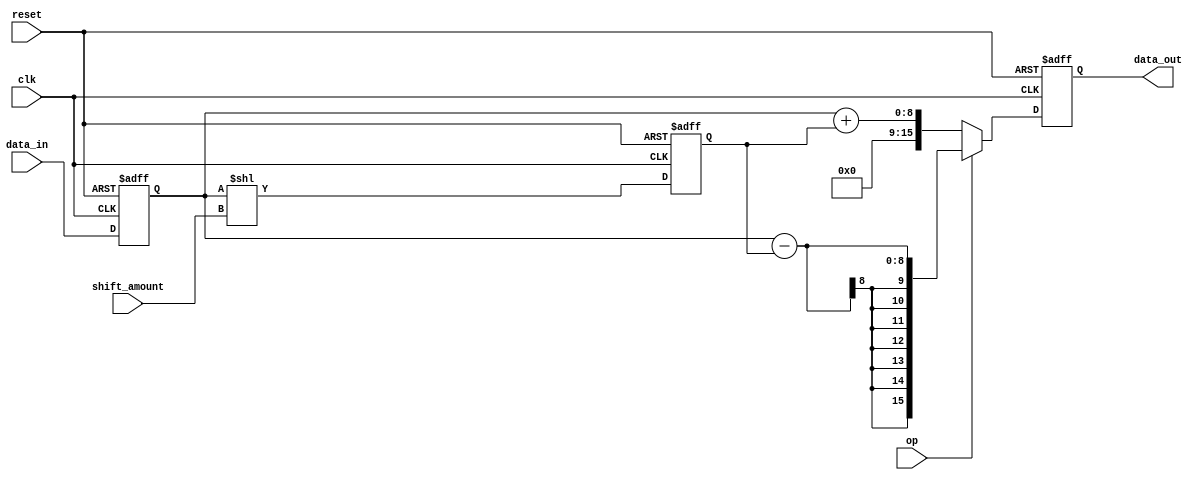
module fixed_point_shift_register (
    input wire clk,
    input wire reset,
    input wire [7:0] data_in,
    input wire [3:0] shift_amount,
    input wire op, // 0 for addition, 1 for subtraction
    output reg [15:0] data_out
);

reg [7:0] input_reg;
reg [7:0] shifted_data;
reg [15:0] result;

always @(posedge clk or posedge reset) begin
    if (reset) begin
        input_reg <= 8'b0;
        shifted_data <= 8'b0;
        result <= 16'b0;
    end else begin
        input_reg <= data_in;
        shifted_data <= input_reg << shift_amount;
        
        if (op == 0) begin
            result <= input_reg + shifted_data;
        end else begin
            result <= input_reg - shifted_data;
        end
    end
end

always @* begin
    data_out = result;
end

endmodule